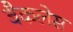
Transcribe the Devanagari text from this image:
बैकलेस